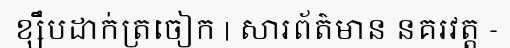
ខ្សឹបដាក់ត្រចៀក | សារព័ត៌មាន នគរវត្ត -